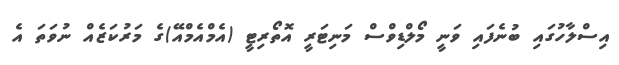
އިސްލާހުގައި ބުނެފައި ވަނީ މޯލްޑިވްސް މަނިޓަރީ އޮތޯރިޓީ (އެމްއެމްއޭ)ގެ މަރުކަޒެއް ނުވަތަ އެ